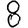
Digit: 8